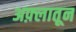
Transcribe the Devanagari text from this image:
अफ़्लातून